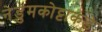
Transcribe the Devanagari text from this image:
नेडुमकोट्टाकडे